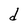
Character: d